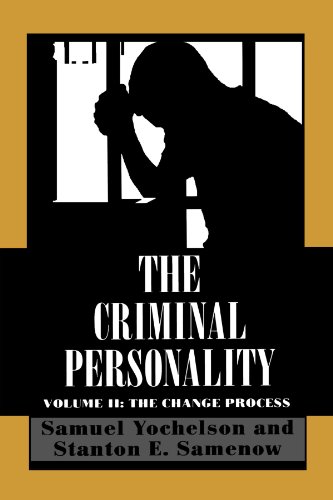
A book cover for The Criminal Personality: The Change Process; Samuel Yochelson; Medical Books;